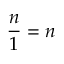
{ \frac { n } { 1 } } = n